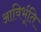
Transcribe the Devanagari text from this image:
आविर्भूति